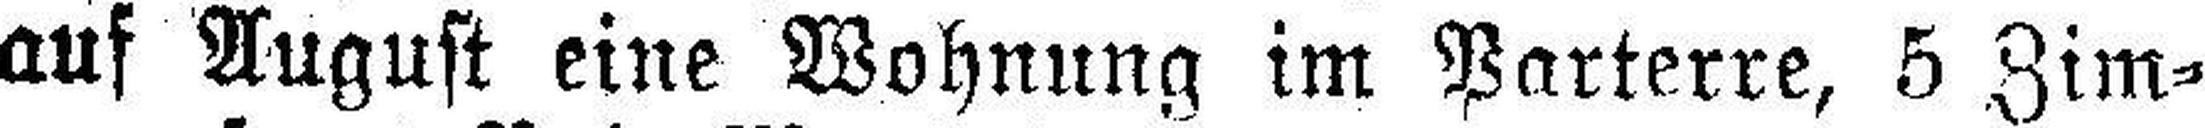
auf August eine Wohnung im Parterre, 5 Zim¬